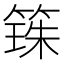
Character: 𫂒